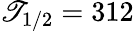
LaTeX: \mathscr{T}_{1/2}=312